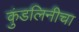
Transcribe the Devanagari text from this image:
कुंडलिनीचा